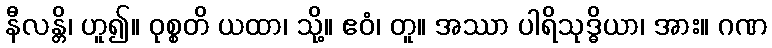
နီလန္တိ၊ ဟူ၍။ ဝုစ္စတိ ယထာ၊ သို့။ ဧဝံ၊ တူ။ အဿာ ပါရိသုဒ္ဓိယာ၊ အား။ ဂဏ